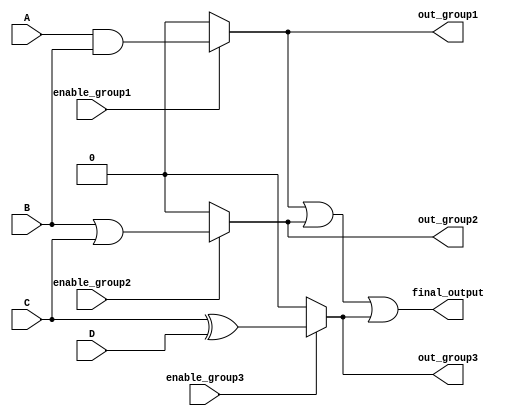
module combinational_logic (
    input wire A,
    input wire B,
    input wire C,
    input wire D,
    input wire enable_group1,
    input wire enable_group2,
    input wire enable_group3,
    output wire out_group1,
    output wire out_group2,
    output wire out_group3,
    output wire final_output
);

// Group 1: A AND B
wire group1_output;
assign group1_output = (enable_group1) ? (A & B) : 1'b0;

// Group 2: B OR C (overlaps with Group 1)
wire group2_output;
assign group2_output = (enable_group2) ? (B | C) : 1'b0;

// Group 3: C XOR D (overlaps with Group 2)
wire group3_output;
assign group3_output = (enable_group3) ? (C ^ D) : 1'b0;

// Final output combining all group outputs
assign final_output = group1_output | group2_output | group3_output;

// Assign outputs for each group
assign out_group1 = group1_output;
assign out_group2 = group2_output;
assign out_group3 = group3_output;

endmodule